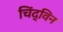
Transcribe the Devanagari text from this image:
चिंद्विन